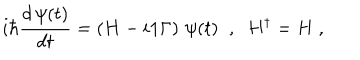
LaTeX: i \hbar \frac { d \, \psi ( t ) } { d t } = \left( H - i { \bf 1 } \Gamma \right) \, \psi ( t ) \; \; , \; \; H ^ { \dagger } = H \; ,